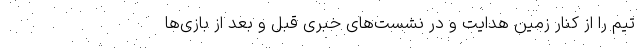
تیم را از کنار زمین هدایت و در نشست‌های خبری قبل و بعد از بازی‌ها